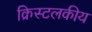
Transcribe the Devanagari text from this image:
क्रिस्टलकीय